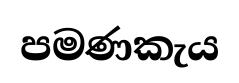
පමණකැය